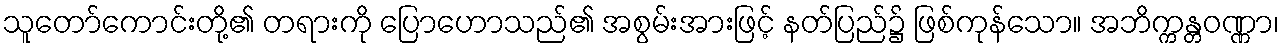
သူတော်ကောင်းတို့၏ တရားကို ပြောဟောသည်၏ အစွမ်းအားဖြင့် နတ်ပြည်၌ ဖြစ်ကုန်သော။ အဘိက္ကန္တဝဏ္ဏာ၊